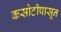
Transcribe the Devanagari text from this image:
कसोटीपासून